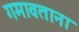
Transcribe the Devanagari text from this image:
गमावताना